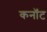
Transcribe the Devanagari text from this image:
कनाॅट